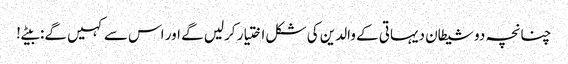
چنانچہ دو شیطان دیہاتی کے والدین کی شکل اختیار کرلیں گے اور اس سے کہیں گے: بیٹے!